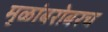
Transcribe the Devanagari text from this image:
मुळांबरोबरच